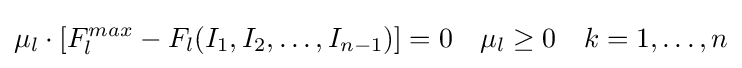
\mu _{l}\cdot \left[F_{l}^{max}-F_{l}(I_{1},I_{2},\dots ,I_{n-1})\right]=0\quad \mu _{l}\geq 0\quad k=1,\dots ,n